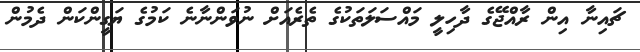
ޗައިނާ އިން ރާއްޖޭގެ ދާހިލީ މައްސަލަތަކުގެ ތެރެއަށް ނުވަންނާނެ ކަމުގެ ޔަގީންކަން ދެމުން